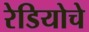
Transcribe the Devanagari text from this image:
रेडियोचे